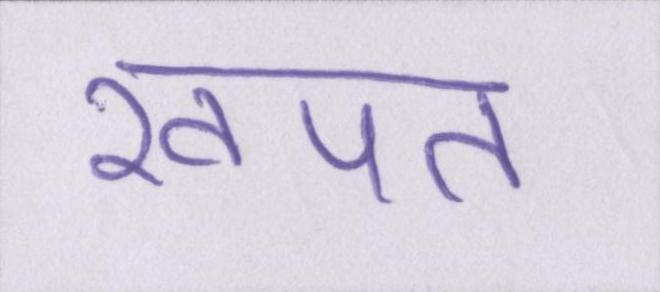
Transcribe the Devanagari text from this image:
खपत